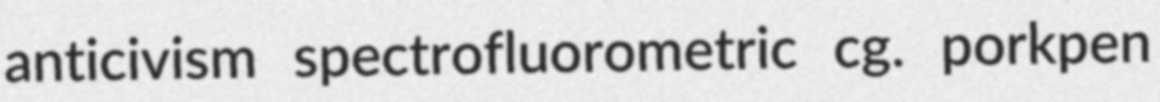
anticivism spectrofluorometric cg. porkpen